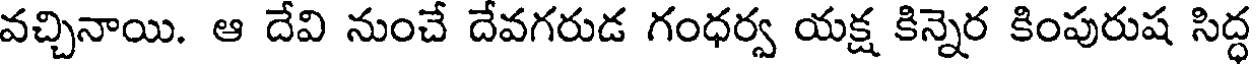
వచ్చినాయి. ఆ దేవి నుంచే దేవగరుడ గంధర్వ యక్ష కిన్నెర కింపురుష సిద్ధ